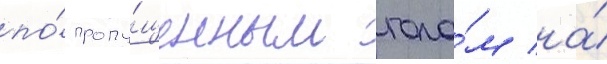
по́ пропу́щенным гола́м на́